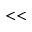
< <